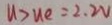
u > u e = 2 . 2 V